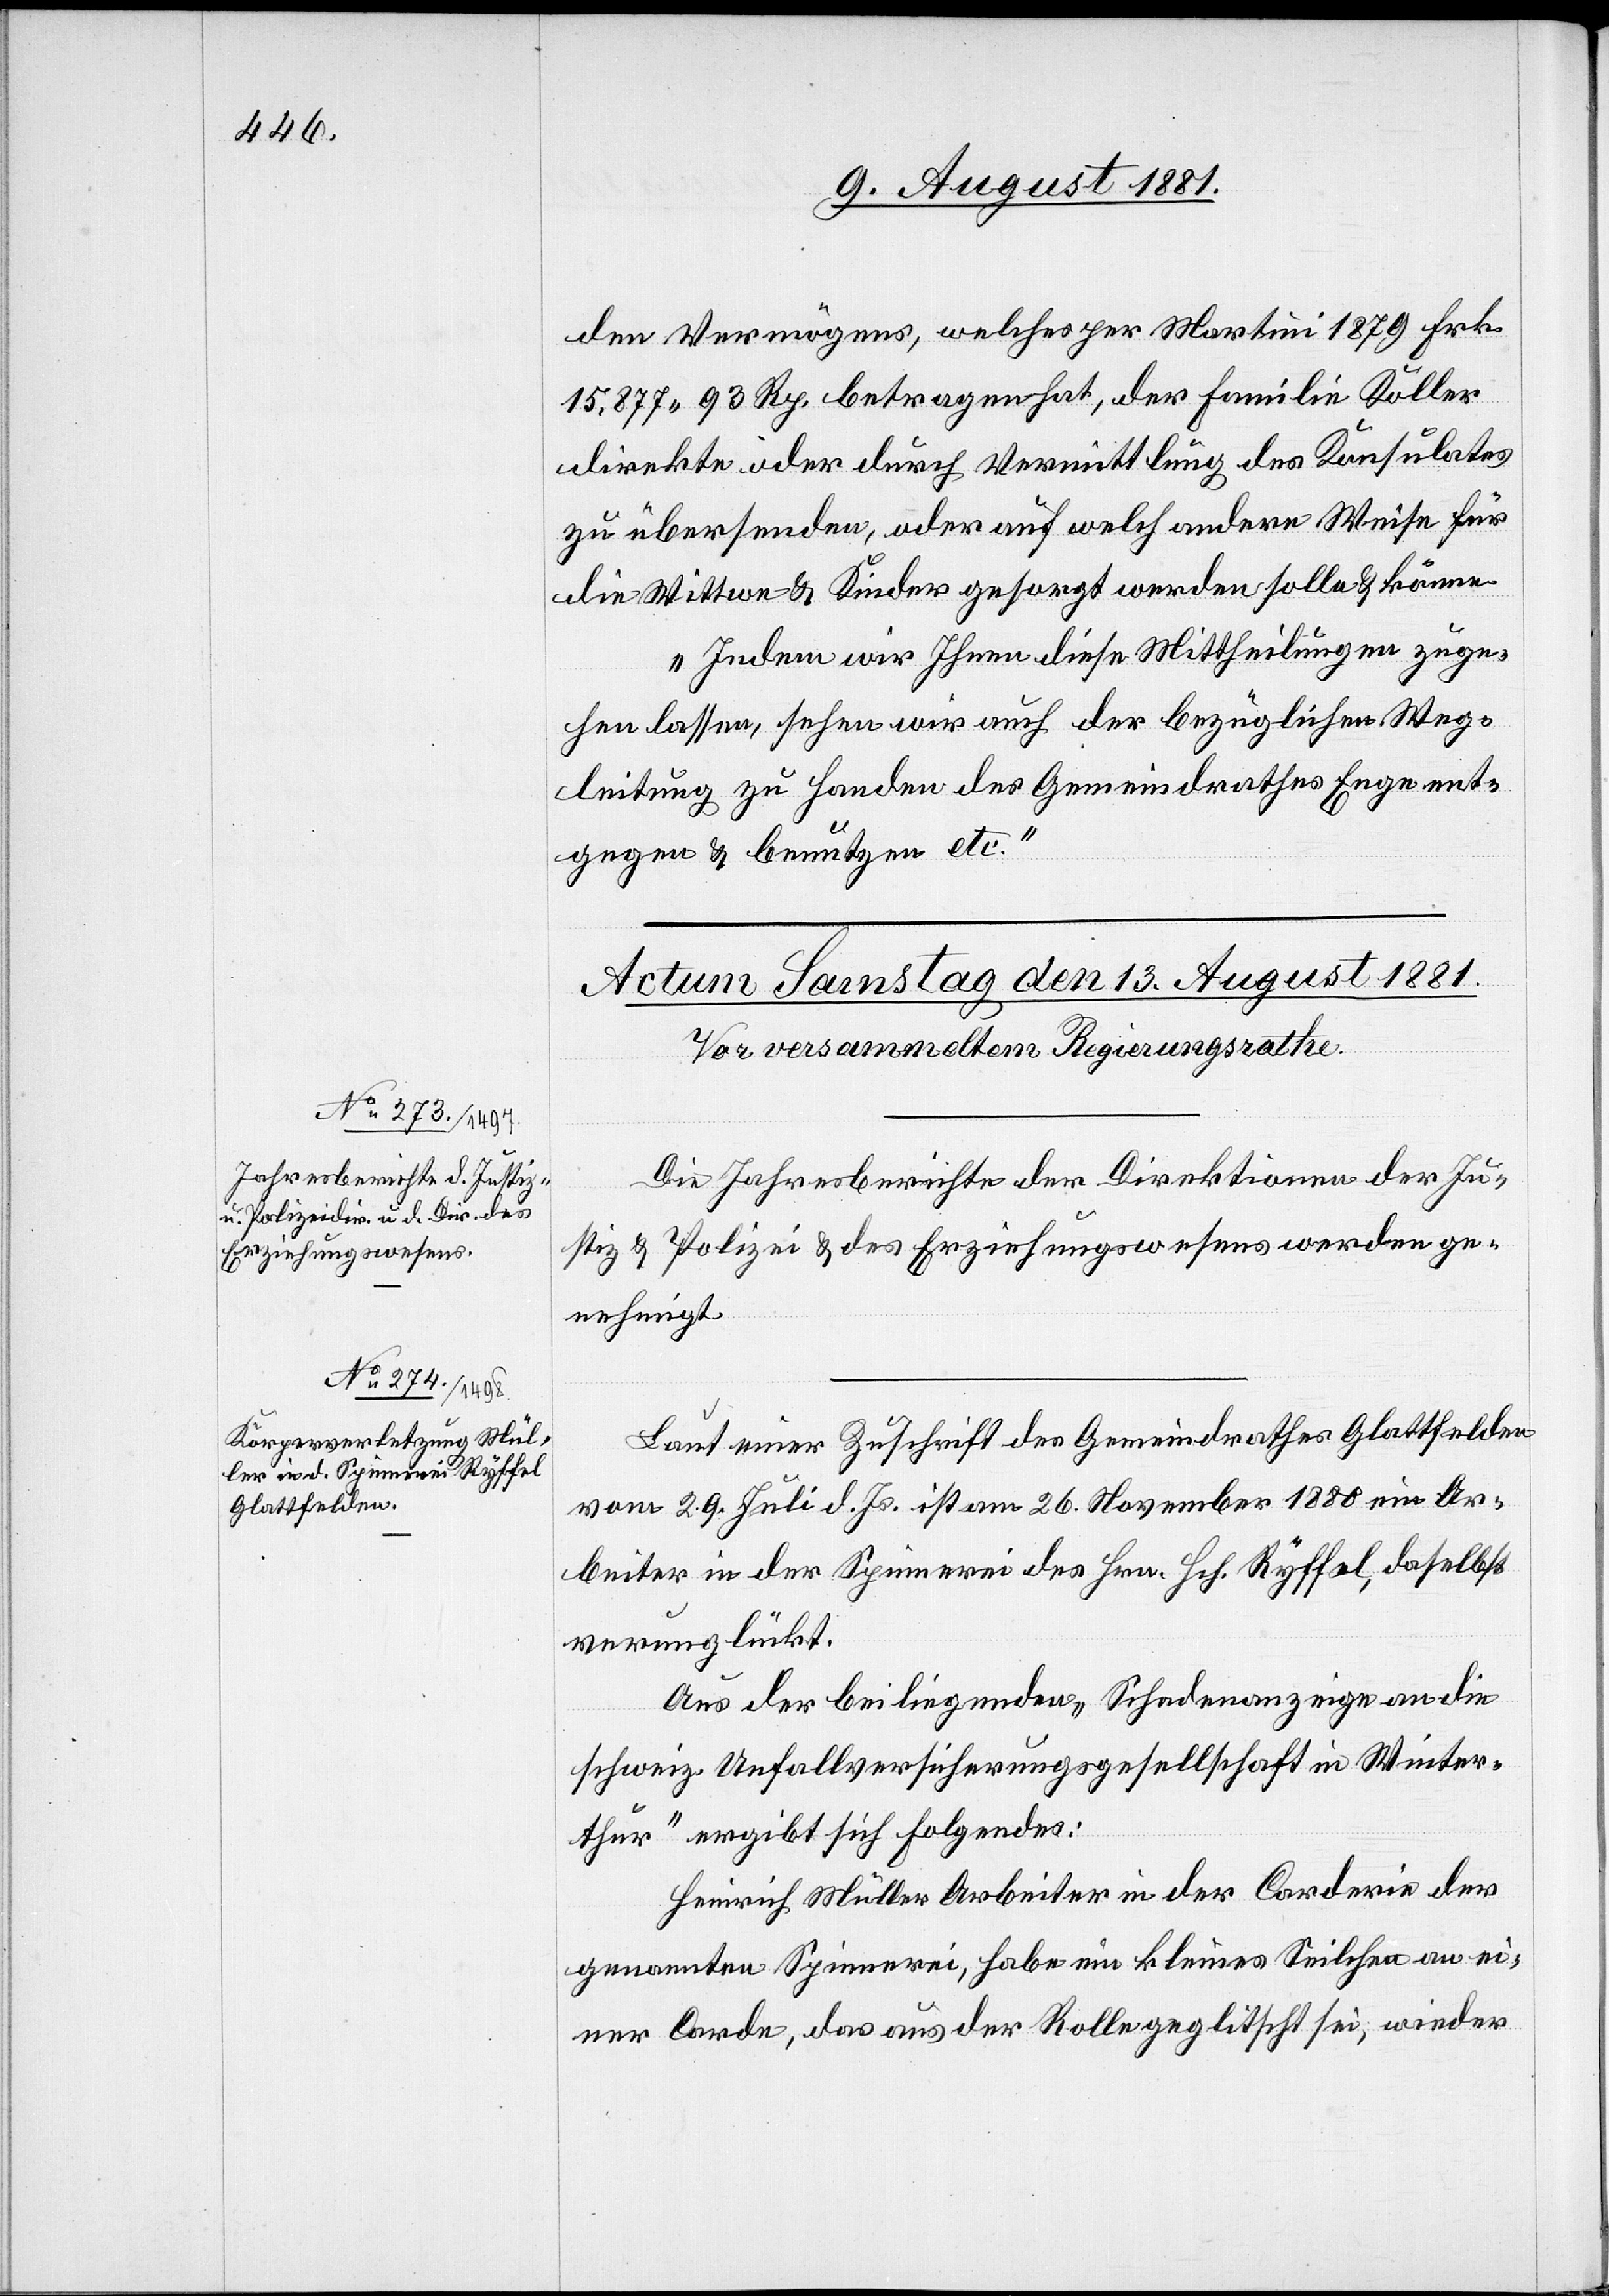
den Vermögens, welches per Martini 1879 Frk.
15,877 93 Rp. betragen hat, der Familie Koller
direkte oder durch Vermittlung des Konsulates
zu übersenden, oder auf welch andere Weise für
die Wittwe & Kinder gesorgt werden solle & könne.
Indem wir Ihnen diese Mittheilung zuge¬
hen lassen, sehen wir auch der bezüglichen Weg¬
leitung zu Handen des Gemeindrathes Enge ent¬
gegen & benützen etc.“
Die Jahresberichte der Direktionen der Ju¬
stiz & Polizei & des Erziehungswesens werden ge¬
nehmigt.
Laut einer Zuschrift des Gemeindrathes Glattfelden
vom 29. Juli d. Js. ist am 26. November 1881 ein Ar¬
beiter in der Spinnerei des Hrn. Hch. Ryffel, daselbst
verunglückt.
Aus der beiliegenden „Schadenanzeige an die
schweiz. Unfallversicherungsgesellschaft in Winter¬
thur“ ergibt sich folgendes:
Heinrich Müller Arbeiter in der Corderie der
genannten Spinnerei, habe ein kleines Seilchen an ei¬
ner Corde, das aus der Rolle geglitscht sei, wieder